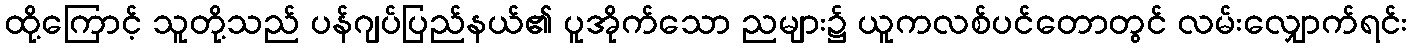
ထို့ကြောင့် သူတို့သည် ပန်ဂျပ်ပြည်နယ်၏ ပူအိုက်သော ညများ၌ ယူကလစ်ပင်တောတွင် လမ်းလျှောက်ရင်း